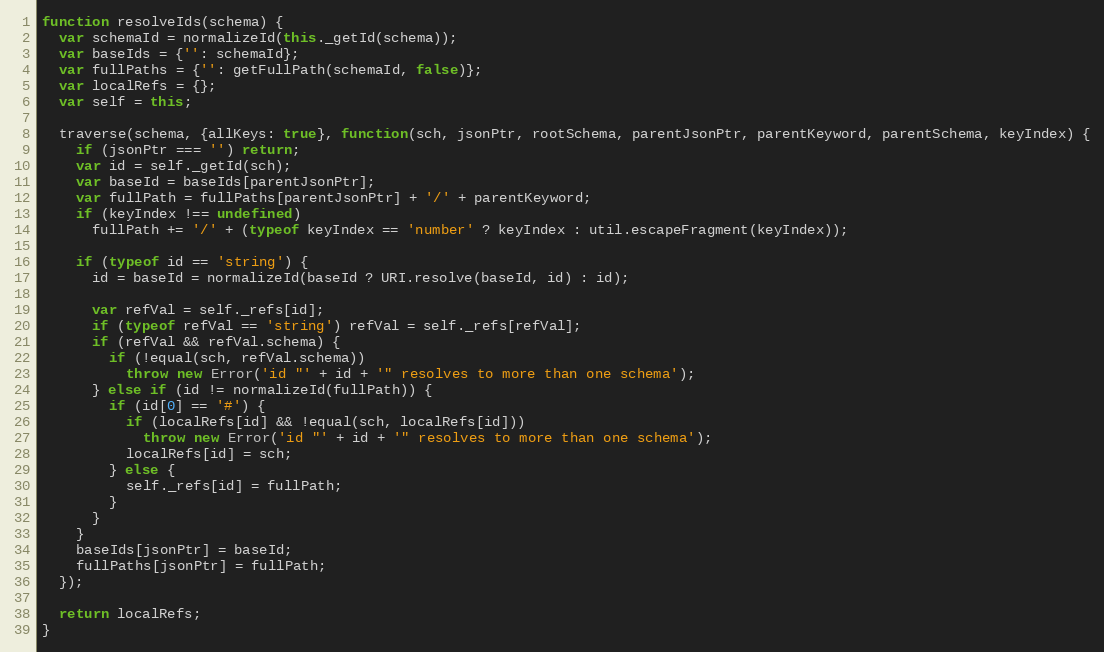
Language: JavaScript
function resolveIds(schema) {
  var schemaId = normalizeId(this._getId(schema));
  var baseIds = {'': schemaId};
  var fullPaths = {'': getFullPath(schemaId, false)};
  var localRefs = {};
  var self = this;

  traverse(schema, {allKeys: true}, function(sch, jsonPtr, rootSchema, parentJsonPtr, parentKeyword, parentSchema, keyIndex) {
    if (jsonPtr === '') return;
    var id = self._getId(sch);
    var baseId = baseIds[parentJsonPtr];
    var fullPath = fullPaths[parentJsonPtr] + '/' + parentKeyword;
    if (keyIndex !== undefined)
      fullPath += '/' + (typeof keyIndex == 'number' ? keyIndex : util.escapeFragment(keyIndex));

    if (typeof id == 'string') {
      id = baseId = normalizeId(baseId ? URI.resolve(baseId, id) : id);

      var refVal = self._refs[id];
      if (typeof refVal == 'string') refVal = self._refs[refVal];
      if (refVal && refVal.schema) {
        if (!equal(sch, refVal.schema))
          throw new Error('id "' + id + '" resolves to more than one schema');
      } else if (id != normalizeId(fullPath)) {
        if (id[0] == '#') {
          if (localRefs[id] && !equal(sch, localRefs[id]))
            throw new Error('id "' + id + '" resolves to more than one schema');
          localRefs[id] = sch;
        } else {
          self._refs[id] = fullPath;
        }
      }
    }
    baseIds[jsonPtr] = baseId;
    fullPaths[jsonPtr] = fullPath;
  });

  return localRefs;
}